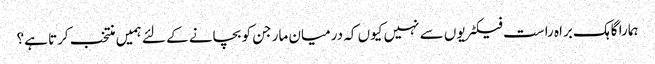
ہمارا گاہک براہ راست فیکٹریوں سے نہیں کیوں کہ درمیان مارجن کو بچانے کے لئے ہمیں منتخب کرتا ہے؟